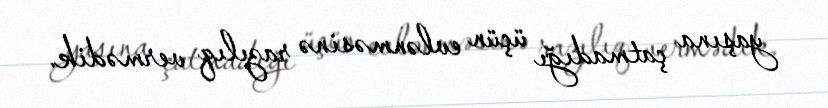
yaşına çatmadığı üçün evlənməsinə razılıq vermədik.